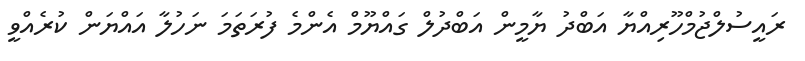
ރައީސުލްޖުމްހޫރިއްޔާ އަބްދު ޔާމީން އަބްދުލް ގައްޔޫމް އެންމެ ފުރަތަމަ ނަހުލާ އައްޔަން ކުރެއްވީ